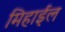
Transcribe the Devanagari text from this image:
मिहाईल